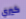
كيري